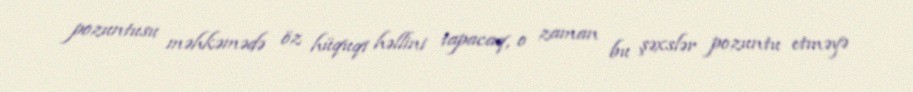
pozuntusu məhkəmədə öz hüquqi həllini tapacaq, o zaman bu şəxslər pozuntu etməyə